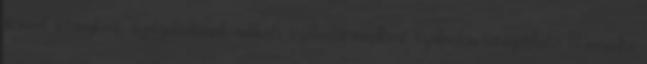
strand sétányként, szolgáltatások nélküli szabadstrandként szabadon látogatható – mondta